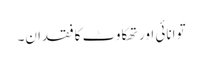
توانائی اور تھکاوٹ کا فقدان۔